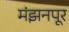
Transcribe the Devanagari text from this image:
मंझनपूर